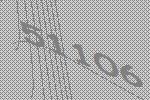
51106